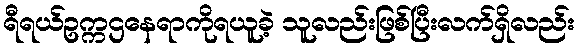
ရီရယ်ဥက္ကဌနေရာကိုရယူခဲ့ သူလည်းဖြစ်ပြီးလက်ရှိလည်း